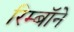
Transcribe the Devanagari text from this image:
रिम्बॉने